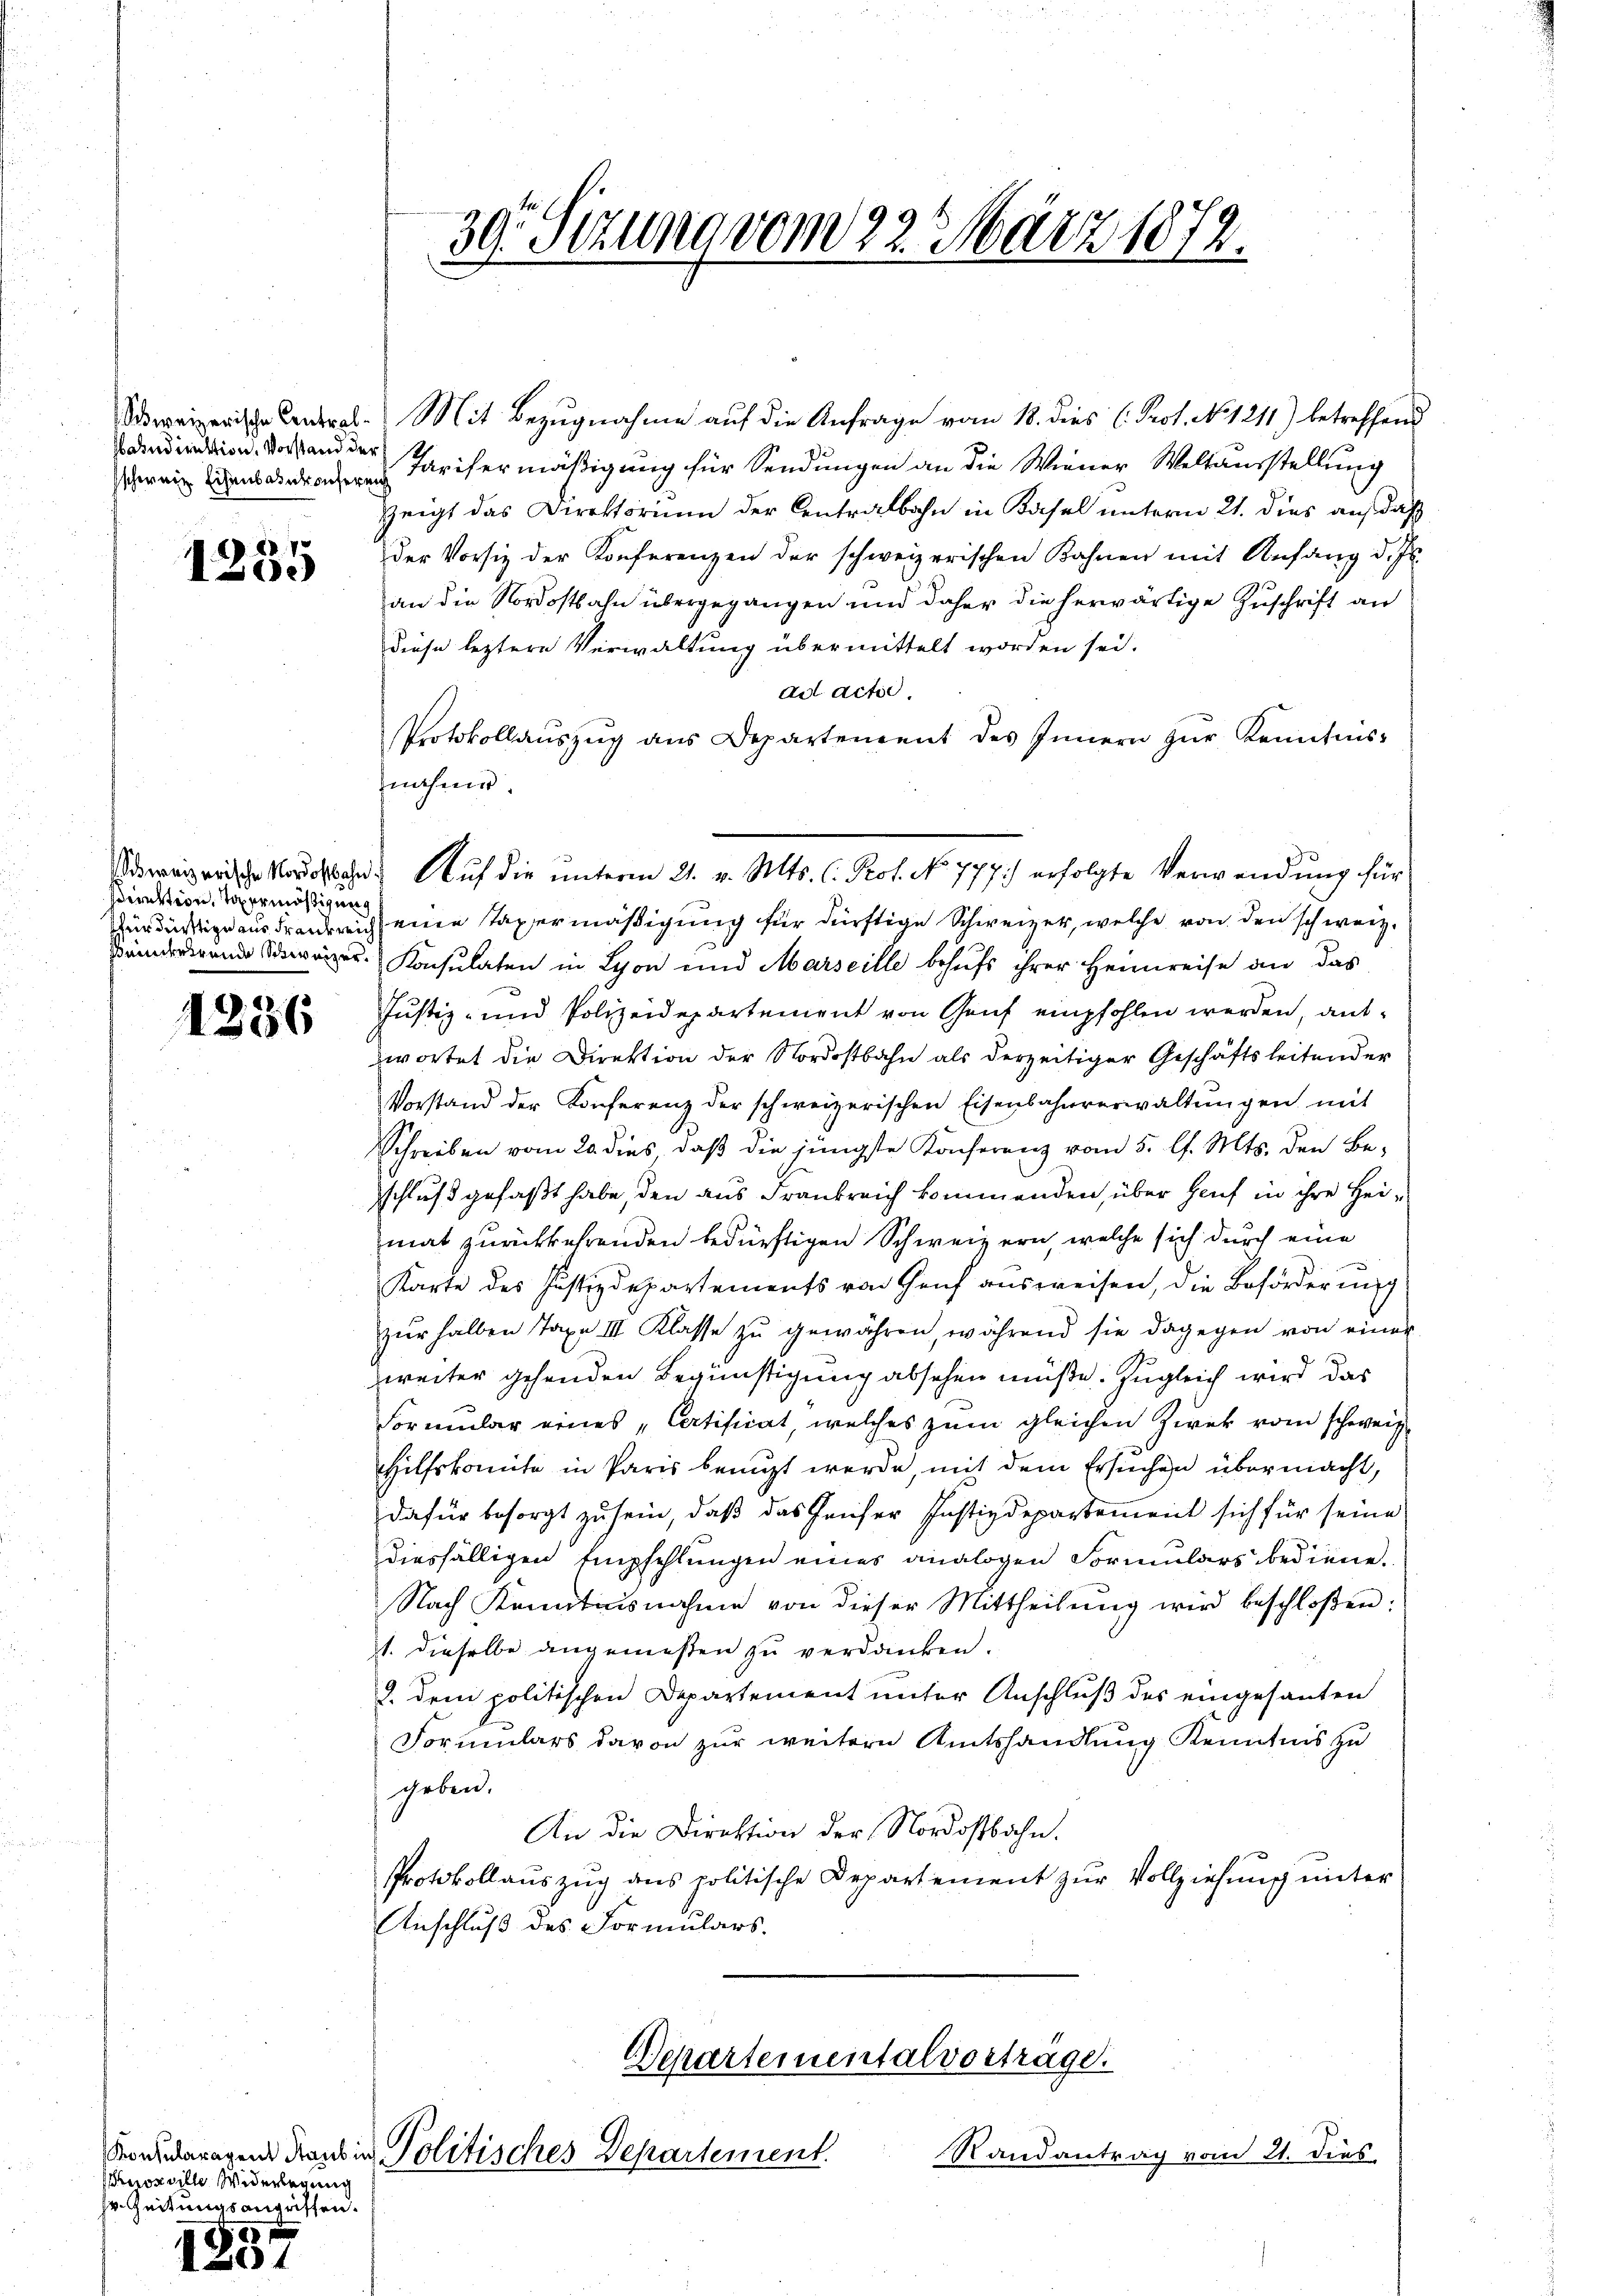
ahndirektion. Vorstand der

Direktion, Topermässigung

21)

1235

1256

uoz ville Widerlegung
sr. Zeitungsangriffen.
f 20 x

39. Setzung vom 22. März 1872.

Schweizerische Contrat. Mit Bezugnahme auf die Anfrage vom 18. dies (Prot. No. 1211.) betreffend
 Parisermäßigung für Sendungen an die Wiener Weltausstellung
Zeigt das Direktorium der Centralbahn in Kasel unterm 21. dies auf daß
der Vorsitz der Konferenzen der schweizerischen Bahnen mit Anfang d. Js.
an die Nordostbahn übergegangen und daher die herwärtige Zuschrift an
diese leztere Verwaltung übermittelt worden sei.
ad acte.
Protokollauszug aus Departement des Innern zŭr Kenntnis-
nahme.
ürdürtige ausdrankreich eine Taxermäßigung für dürftige Schweizer, welche von den schweiz.
inde eiger Konsulaten in Lyon und Marseille behufs ihrer Heimreise an das
Justiz- und Polizeidepartement von Genf empfohlen werden, antwortet die Direktion der Nordostbahn als derzeitiger Geschäftsleitender
Vorstand der Konferenz der schweizerischen Eisenbahnverwaltŭngen mit
Schreiben vom 20. dies, daß die jüngste Konferenz vom 5. l. Mts. den Be-
schluß gefaßt habe, den aus Frankreich kommenden, über Genf in ihre Heimat zurückkehrenden bedürftigen Schweizern, welche sich durch eine
Karte des Justizdepartements von Genf ausweisen, die Beförderung
zŭr halben Taxe III Klasse zŭ gewähren, während sie dagegen von einer
weiter gehenden Begünstigung absehen müße. Zugleich wird das
Formular eines „Cartificat, welches zum gleichen Zwek vom schweiz.
Hilfskomite in Paris benuzt werde, mit dem Ersuchen übermacht,
dafür besorgt zu sein, daß das Hauser Justizdepartement sich für seine
diesfälligen Empfehlungen eines analogen Formulars bediene.
Nach Kenntnisnahme von dieser Mittheilŭng wird beschloßen:
1. dieselbe angemeßen zu verdanken.
2. dem politischen Departement unter Anschluß des eingesanten
Formulars davon zur weitern Amtshandlung Kenntnis zu
geben.
An die Direktion der Nordostbahn.
Protokollauszug aus politische Departement zur Vollziehung unter
Anschluß des Formulars.

Sweizerische Nordostbahn. Aŭf die ŭnterm 21. v. Mts. C. Prot. No 777.) erfolgte Verwendŭng für

Schartementalvortrage.
Koanderagen Frank in Politisches Departement.

Randantrag vom 21. dies